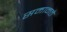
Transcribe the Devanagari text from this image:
समानते